Scottish Leaving Certificate Examination, 1961
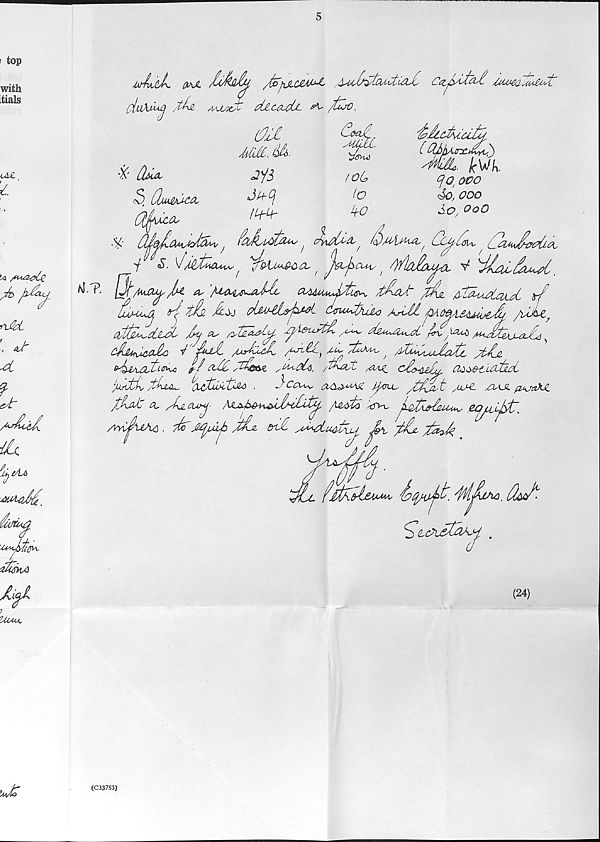
Al.T.
flAJi
/^o~j\JLC£AM^
£!cZ-jb /^f ed'
/tU A/U/X^ fittCttcLl-
/fcoO.
tfil
SUM. HA.
(A.
/ oCj
to
1+0
'iAcAauJM,
( (tyhAcrx.&yi>)
M M
^o i oco
4o, ooo
So, 0o0
•X" Hmml
Sty'S
3, CUw^c^
'f
<S. 3^
^
Cla\/
^ Sm&Ao Jj-%. As /^sA^y^^Ayl^L
ClAUUiMyJSltix^\, /t^M%/[
/SS^AsLaUPCcIJumC +f
10>XUA rlAk+l d^U^t
du^tiSK* f-f Ai/C sde&l /(My&U. /ib%£ yOAj^ cdor^/c^. W>>trZMSAJUA,
l /Jiktb/djuu. od^SOtO^ .
}ccu^y
iJ/c\Ms ytfjist yUMZ MZAJl {ZAjxM.
tUk ^ /diMunj'
s&sfcs xs>\, jd^AdMUyiMs eojzljst
/YvijuA^ . dc Sfyuj) d/U CrtC A^LuaXi^ ^ -/djL daJk
dAcX&toAj
(U.
(24)
(C33753)